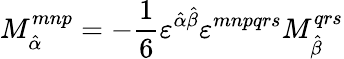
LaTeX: M_{\hat{\alpha}}^{mnp}=-\frac{1}{6}\varepsilon^{\hat{\alpha}\hat{\beta}}\varepsilon^{mnpqrs}M_{\hat{\beta}}^{qrs}